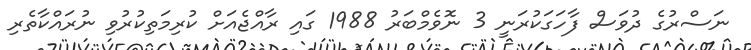
ނަސްރުގެ ދުވަސް ފާހަގަކުރަނީ 3 ނޮވެމްބަރު 1988 ގައި ރާއްޖެއަށް ކުރިމަތިކުރުވި ނުރައްކާތެރި